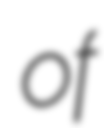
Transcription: of